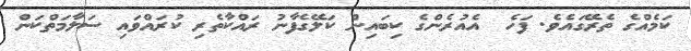
ކަމެއްގެ ތެރޭގައެވެ. ފަހެ  އެއުރެންގެ ކިބައިން ކަލޭގެފާނު ރައްކާތެރި ކުރައްވައި ސަލާމަތްކަން